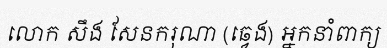
លោក សឹង សែនករុណា (ឆ្វេង) អ្នកនាំពាក្យ